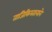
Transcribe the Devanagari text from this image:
ताजिकिस्तानाने